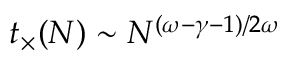
t _ { \times } ( N ) \sim N ^ { ( \omega - \gamma - 1 ) / 2 \omega }